Report on vaccination in Madras 1904-1921 - 1904-1921
Year: 1904
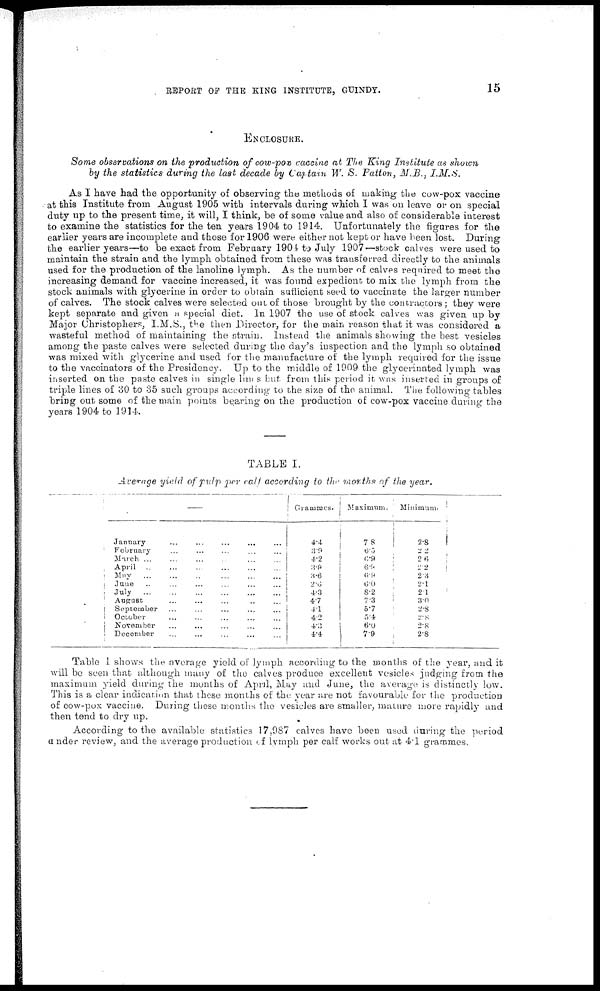
REPORT OF THE KING INSTITUTE, GUINDY.
15
ENCLOSURE.
Some observations on the production of cow-pox vaccine at The King Institute as shown
by the statistics during the last decade by Captain W. S. Patton, M.B., I.M.S.
As I have had the opportunity of observing the methods of making the cow-pox vaccine
at this Institute from August 1905 with intervals during which I was on leave or on special
duty up to the present time, it will, I think, be of some value and also of considerable interest
to examine the statistics for the ten years 1904 to 1914. Unfortunately the figures for the
earlier years are incomplete and those for 1906 were either not kept or have been lost. During
the earlier years—to be exact from February 1904 to July 1907—stock calves were used to
maintain the strain and the lymph obtained from these was transferred directly to the animals
used for the production of the lanoline lymph. As the number of calves required to meet the
increasing demand for vaccine increased, it was found expedient to mix the lymph from the
stock animals with glycerine in order to obtain sufficient seed to vaccinate the larger number
of calves. The stock calves were selected out of those brought by the contractors ; they were
kept separate and given a special diet. In 1907 the use of stock calves was given up by
Major Christophers, I.M.S., the then Director, for the main reason that it was considered a
wasteful method of maintaining the strain. Instead the animals showing the best vesicles
among the paste calves were selected during the day's inspection and the lymph so obtained
was mixed with glycerine and used for the manufacture of the lymph required for the issue
to the vaccinators of the Presidency. Up to the middle of 1909 the glycerinated lymph was
inserted on the paste calves in single lines but from this period it was inserted in groups of
triple lines of 30 to 35 such groups according to the size of the animal. The following tables
bring out some of the main points bearing on the production of cow-pox vaccine during the
years 1904 to 1914.
TABLE I.
Average yield of pulp per calf according to the months of the year.
—
January
...
...
...
...
...
February ... ... ... ... ...
March ... ... ... ... ... ...
April ... ... ... ... ... ...
May...
...
...
...
...
...
June ... ... ... ... ... ...
July
...
...
...
...
...
...
August
...
...
...
...
...
September ... ... ... ...
October ... ... ... ...
November ... ... ... ...
December ... ... ... ...
Grammes.
4.4
3.9
4.2
3.9
3.6
2.6
4.3
4.7
4.1
4.2
4.3
4.4
Maximum.
7.8
6.5
6.9
6.9
6.9
6.0
8.2
7.3
5.7
5.4
6.0
7.9
Minimum.
2.8
2.2
2.6
2.2
2.3
2.1
2.1
3.0
2.8
2.8
2.8
2.8
Table I shows the average yield of lymph according to the months of the year, and it
will be seen that although many of the calves produce excellent vesicles judging from the
maximum yield during the months of April, May and June, the average is distinctly low.
This is a clear indication that these months of the year are not favourable for the production
of cow-pox vaccine. During these months the vesicles are smaller, mature more rapidly and
then tend to dry up.
According to the available statistics 17,987 calves have been used during the period
under review, and the average production of lymph per calf works out at 4.1 grammes.